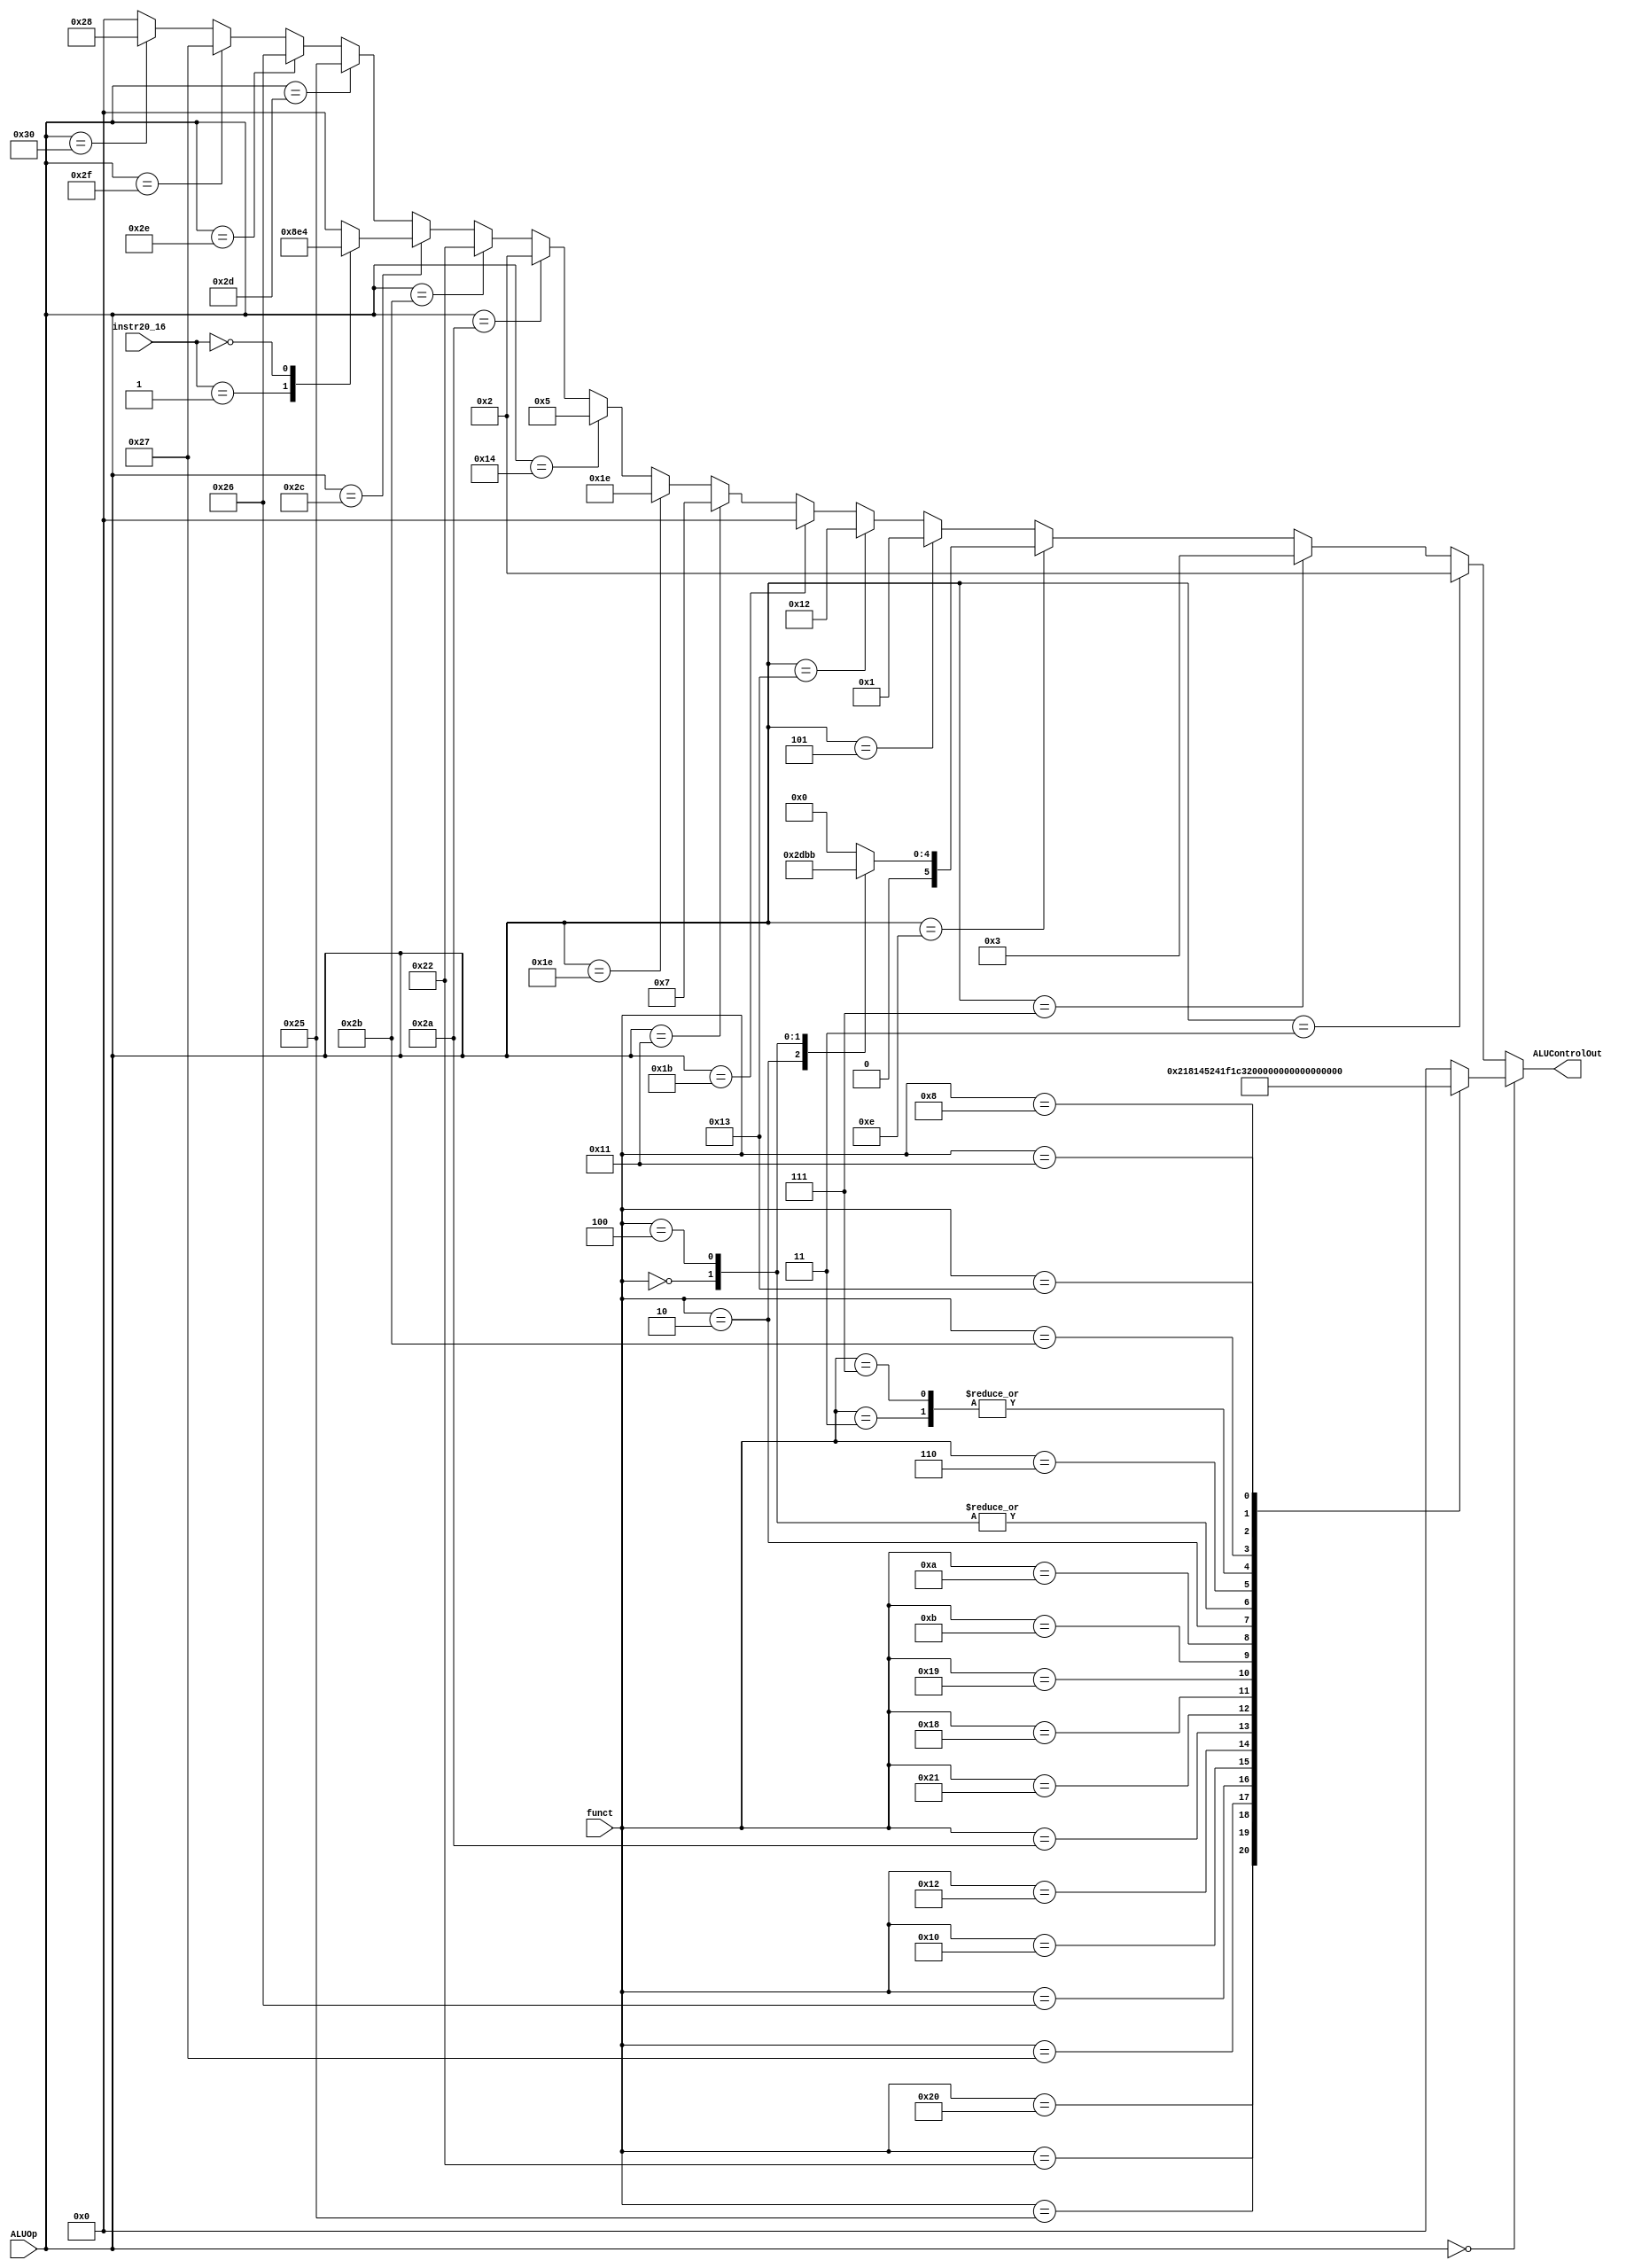
`timescale 1ns / 1ps
//////////////////////////////////////////////////////////////////////////////////
// Company: 
// Engineer: 
// 
// Design Name: 
// Module Name: ALUcontrol
// Project Name: 
// Target Devices: 
// Tool Versions: 
// Description: 
// 
// Dependencies: 
// 
// Revision:
// Revision 0.01 - File Created
// Additional Comments:
// 
//////////////////////////////////////////////////////////////////////////////////

module ALUControl(funct, instr20_16, ALUOp, ALUControlOut);
    input [5:0] funct;
    input [4:0] instr20_16; // instructions 20-16
    input [5:0] ALUOp;
    output reg [5:0] ALUControlOut;
    
    always @(ALUOp or funct or instr20_16) begin
                ALUControlOut = 0;

        // R-Type (here we actually care about the funct field)
        if (ALUOp == 6'b000000)
            
            case (funct) // we only care about 4 least sig bits
                6'b100000: ALUControlOut <= 6'b000010; // ADD rd <- rs+rt
				6'b100010: ALUControlOut <= 6'b000110; // SUB
                6'b100100: ALUControlOut <= 6'b000000; // AND
				6'b100101: ALUControlOut <= 6'b000001; // OR
				6'b100111: ALUControlOut <= 6'b010001; // NOR
				6'b100110: ALUControlOut <= 6'b010010; // XOR
				6'b010000: ALUControlOut <= 6'b010000; // MFHI
				6'b010010: ALUControlOut <= 6'b011111;// MFLO
				
                6'b101010: ALUControlOut <= 6'b000111; // SLT
				
				6'b100001: ALUControlOut <= 6'b000011; // ADDU rd <- rs+rt
				6'b011000: ALUControlOut <= 6'b001000; // MULT (HI, LO) <- rs * rt

				6'b011001: ALUControlOut <= 6'b001001; // MULTU (HI, LO) <- rs * rt
				6'b001011: ALUControlOut <= 6'b011001; // MOVN
				6'b001010: ALUControlOut <= 6'b011010; // MOVZ
				
				6'b000000: ALUControlOut <= 6'b010011; // SLL
				6'b000010: ALUControlOut <= 6'b010100; // SRL & ROTR
				6'b000100: ALUControlOut <= 6'b010011; // SLLV

				6'b000110: ALUControlOut <= 6'b010111; // SRLV & ROTRV

				6'b000011: ALUControlOut <= 6'b011100; // SRA
				6'b000111: ALUControlOut <= 6'b011100; // SRAV
				6'b101011: ALUControlOut <= 6'b011110; // SLTU
				
				6'b010001: ALUControlOut <= 6'b100000; // MTHI
				6'b010011: ALUControlOut <= 6'b100001; // MTLO
				6'b001000: ALUControlOut <= 6'b101001; // jr


            endcase // R-Type Switch Statement
        
        // ADD-Immediate
        else if (ALUOp == 6'b000011)
            ALUControlOut <= 6'b000010; // ADD
            
        // ADDU
        else if (ALUOp == 6'b000111)
            ALUControlOut <= 6'b000011; // ADDU
        
        
        // MUL  &&  MADD  &&  MSUB
        else if (ALUOp == 6'b001110)
            case (funct)
                6'b000010: ALUControlOut <= 6'b001011; // mul
                6'b000000: ALUControlOut <= 6'b001101; // madd
                6'b000100: ALUControlOut <= 6'b011011; // msub
            endcase // MUL family Switch Statement
        
        // ori
        else if (ALUOp == 6'b000101)
            ALUControlOut <= 6'b000001; // ORI
        
        // xori
        else if (ALUOp == 6'b010011)
            ALUControlOut <= 6'b010010; // XORI
            
        // andi
        else if (ALUOp == 6'b011011)
            ALUControlOut <= 6'b000000; // ANDI
        
        // slti
        else if (ALUOp == 6'b010001)
            ALUControlOut <= 6'b000111; // SLTI
        
        //stliu
        else if (ALUOp == 6'b011110)
            ALUControlOut <= 6'b011110; // SLTIU
            
        // SEH & SEB
        else if (ALUOp == 6'b010100)
            ALUControlOut <= 6'b000101; // seh & seb
        
        // LW & SW... LH & SH... LB & SB
        else if (ALUOp == 6'b101010)
            ALUControlOut <= 6'b000010; // lw & sw does just an add
        
        // LUI
        else if (ALUOp == 6'b101011)
            ALUControlOut <= 6'b100010; // lui bro
        
        // Branch family
        else if (ALUOp == 6'b101100)
            case (instr20_16)
                5'b00001: ALUControlOut <= 6'b100011; // bgez
                5'b00000: ALUControlOut <= 6'b100100; // bltz
            endcase
        
        // beq
        else if (ALUOp == 6'b101101)
            ALUControlOut <= 6'b100101; // beq
        
        // bneq
        else if (ALUOp == 6'b101110)
            ALUControlOut <= 6'b100110; // bneq
                
        // bgtz
        else if (ALUOp == 6'b101111)
            ALUControlOut <= 6'b100111; // bgtz
        
        //
        else if (ALUOp == 6'b110000)
            ALUControlOut <= 6'b101000; // blez
        
    end // closes the always block
    
endmodule